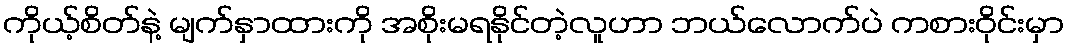
ကိုယ့်စိတ်နဲ့ မျက်နှာထားကို အစိုးမရနိုင်တဲ့လူဟာ ဘယ်လောက်ပဲ ကစားဝိုင်းမှာ